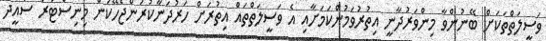
ވަސީލަތްތަކަށް ބޭނުންވާ މިންވަރުދާނީ އިތުރުވަމުންކަމަށާއި އެ ވަސީލަތްތައް އިތުރަށް ހަރުދަނާކުރަންޖެހޭކަން މިނިސްޓަރު ސައީދު